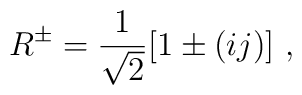
R^\pm = \frac{1}{\sqrt{2}}[1 \pm (ij)] ~,